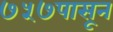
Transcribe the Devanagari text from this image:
७५७पासून